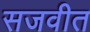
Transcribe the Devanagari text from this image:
सजवीत